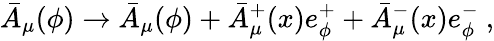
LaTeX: \bar{A}_{\mu}(\phi)\rightarrow\bar{A}_{\mu}(\phi)+\bar{A}_{\mu}^{+}(x)e_{\phi}^{+}+\bar{A}_{\mu}^{-}(x)e_{\phi}^{-}\ ,